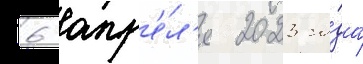
6 апр'е́л'я 2023 го́да